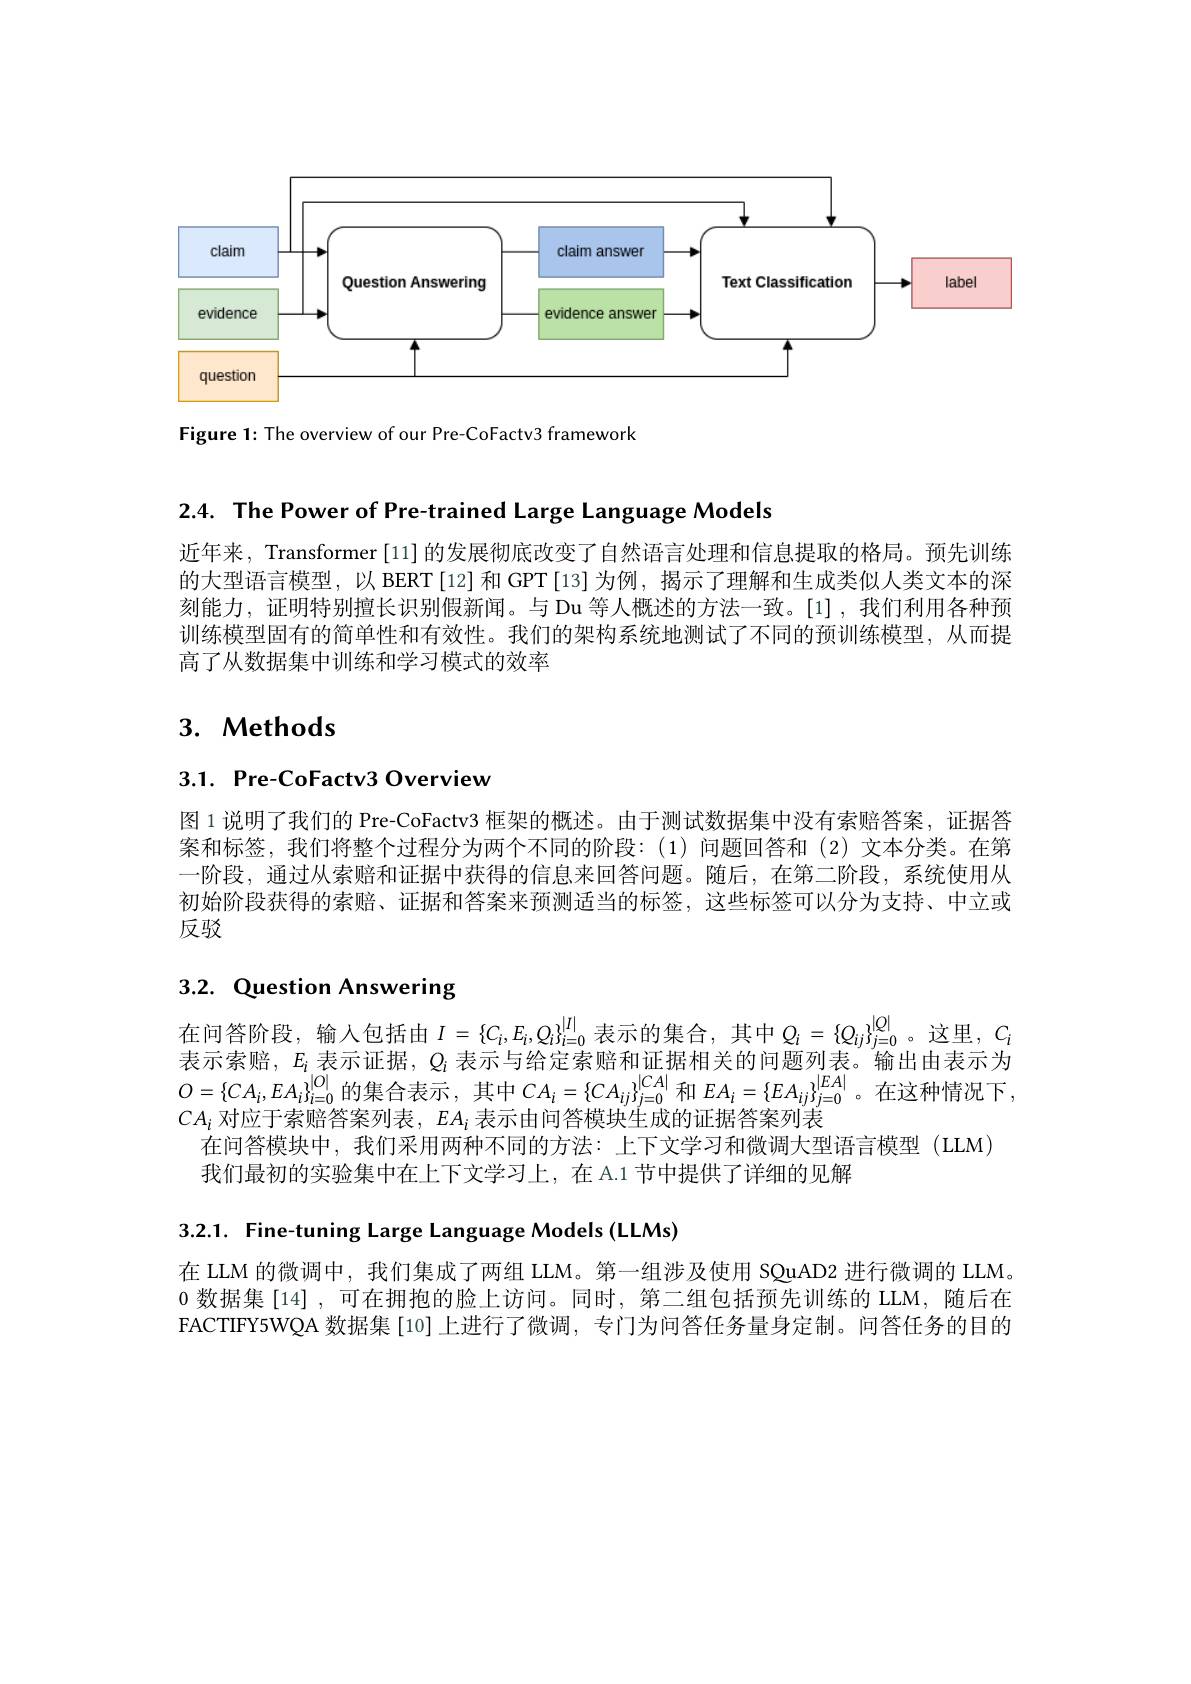
<FigureHere>

Figure 1: The overview of our Pre-CoFactv3 framework

2.4. The Power of Pre-trained Large Language Models

近年来，Transformer [11] 的发展彻底改变了自然语言处理和信息提取的格局。预先训练的大型语言模型，以 BERT[12] 和 GPT[13]为例，揭示了理解和生成类似人类文本的深刻能力，证明特别擅长识别假新闻。与 Du 等人概述的方法一致。[1],我们利用各种预训练模型固有的简单性和有效性。我们的架构系统地测试了不同的预训练模型，从而提高了从数据集中训练和学习模式的效率

## 3. Methods

3.1. Pre-CoFactv3 Overview

图 1 说明了我们的 Pre-CoFactv3 框架的概述。由于测试数据集中没有索赔答案，证据答案和标签，我们将整个过程分为两个不同的阶段：(1)问题回答和(2)文本分类。在第一阶段，通过从索赔和证据中获得的信息来回答问题。随后，在第二阶段，系统使用从初始阶段获得的索赔、证据和答案来预测适当的标签，这些标签可以分为支持、中立或反驳

# 3.2. Question Answering

在问答阶段，输入包括由$I=\{C_i,E_i,Q_i\}_{i=0}^{|I|}$表示的集合，其中$Q_i=\{Q_{ij}\}_{j=0}^{|Q|}$。这里，$C_i$ 表示索赔，$E_i$表示证据，$Q_i$表示与给定索赔和证据相关的问题列表。输出由表示为$O=\{CA_i,EA_i\}_{i=0}^{|O|}$的集合表示，其中$CA_i=\{CA_{ij}\}_{j=0}^{|CA|}$和$EA_i=\{EA_{ij}\}_{j=0}^{|EA|}$。在这种情况下$CA_i$对应于索赔答案列表，$EA_i$表示由问答模块生成的证据答案列表
在问答模块中，我们采用两种不同的方法：上下文学习和微调大型语言模型(LLM)
我们最初的实验集中在上下文学习上，在A.1节中提供了详细的见解

3.2.1. Fine-tuning Large Language Models (LLMs)

在 LLM 的微调中，我们集成了两组 LLM。第一组涉及使用 SQuAD2 进行微调的 LLM。0数据集[14],可在拥抱的脸上访问。同时，第二组包括预先训练的 LLM,随后在FACTIFY5WQA 数据集[10]上进行了微调，专门为问答任务量身定制。问答任务的目的